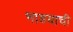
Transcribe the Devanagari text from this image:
भाडयाची